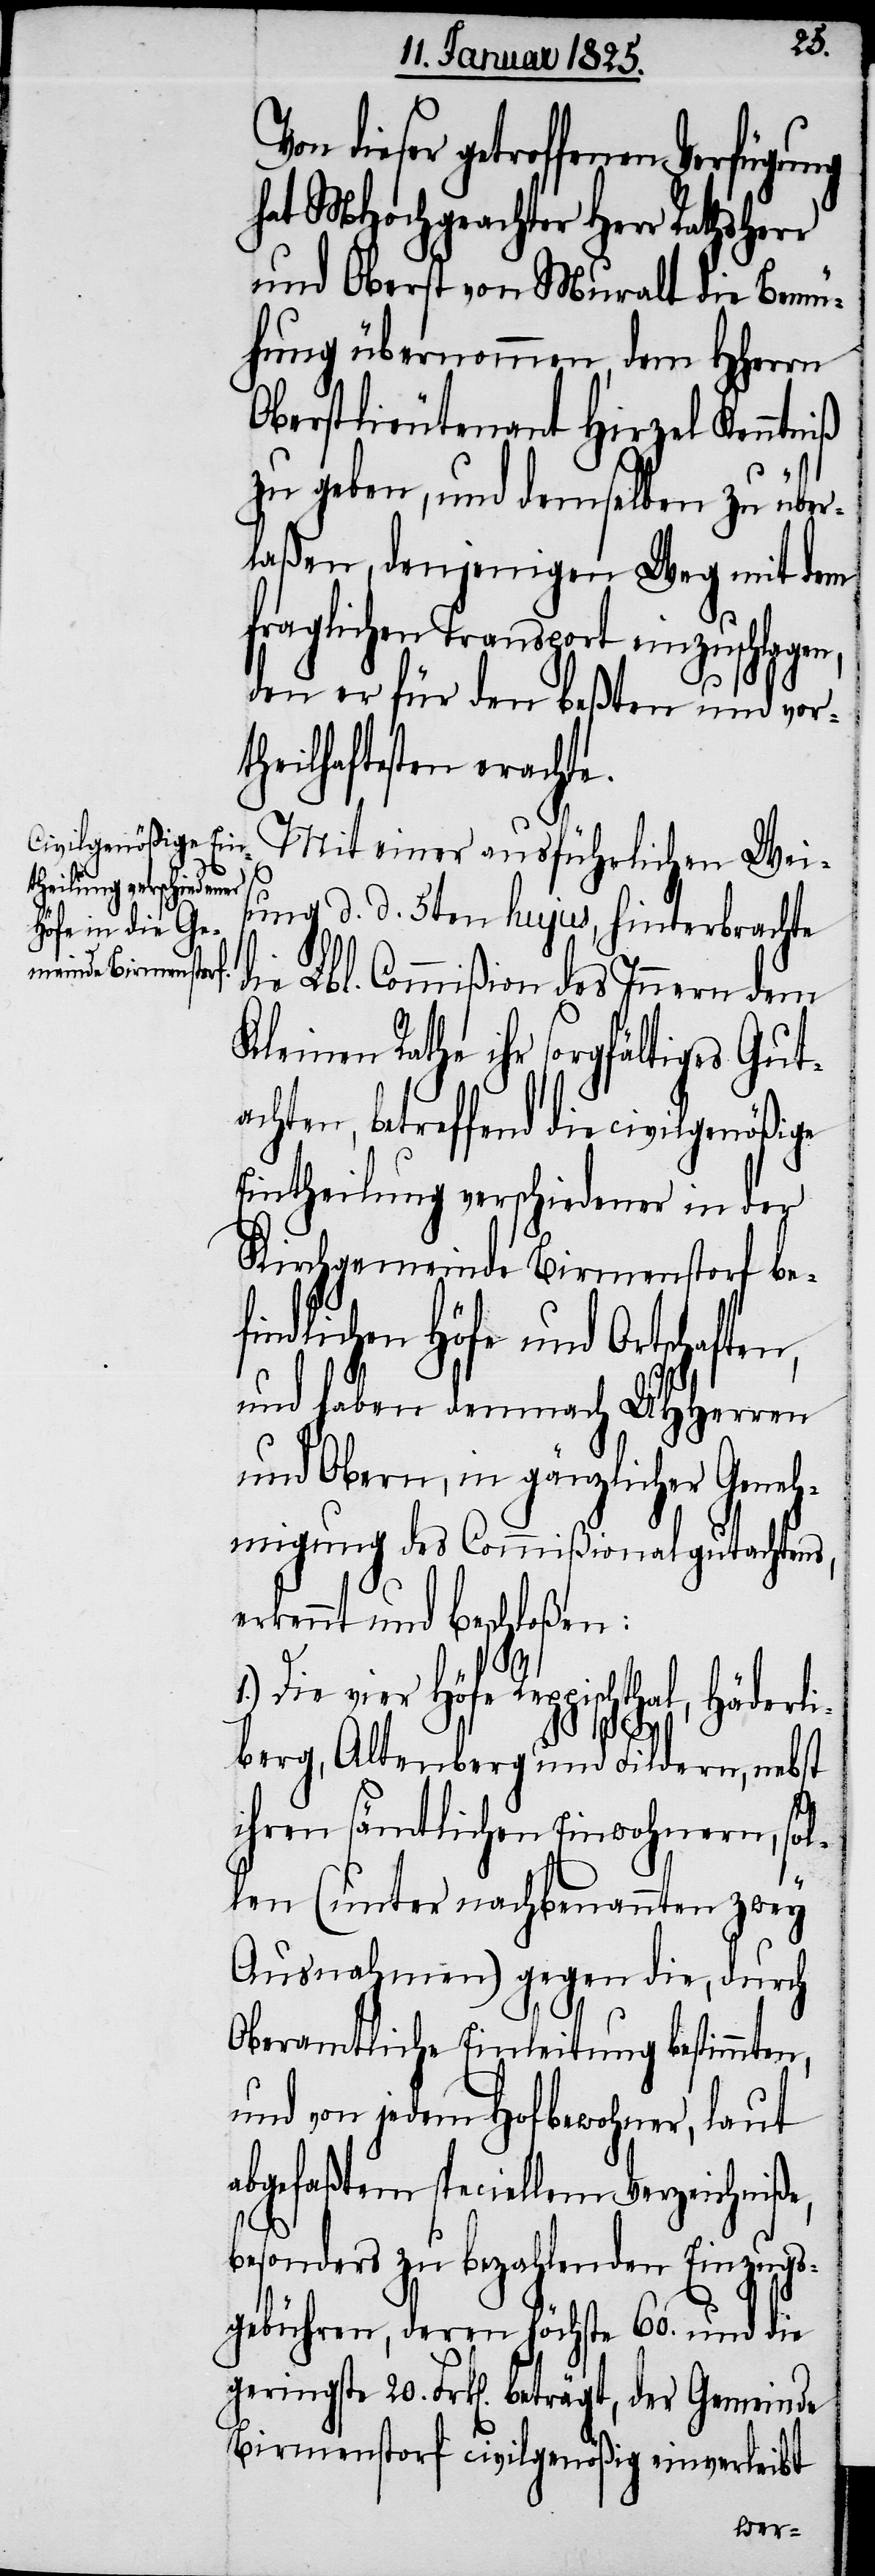
20.
dieser getroffenen Verfügung
hat MHochgeachter Herr Rathsher¬
und Oberst von Muralt die Bemü¬
hung übernommen, dem HHerrn
Oberstlieutenant Hirzel Kenntniß
zu geben, und demselben zu über¬
laßen, denjenigen Weg mit dem
fraglichen Transport einzuschlagen,
den er für den beßten und vor¬
theilhaftesten erachte.
Mit einer ausführlichen Weis¬
der
ung d. d. 5ten hujus, hinterbrachte
die Lbl. Commißion des Innern dem
leinen Rathe ihr sorgfältiges Gut¬
achten, betreffend die civilgenößige
Eintheilung verschiedener in der
Kirchgemeinde Birmenstorf be¬
findlichen Höfe und Ortschaften,
und haben demnach UHHerren
und Obern, in gänzlicher Geneh¬
migung des Commißionalgutachtens,
erkennt und beschloßen:
1.) Die vier Höfe Reppischthal, Häderli¬
K¬
berg, Altenberg und Fildern, nebst
ihren sämtlichen Einwohnern, sol¬
len (unter nachbenannten zwey
Ausnahmen) gegen die, durch
Oberamtliche Einleitung bestimmten,
und von jedem Hofbewohner, laut
abgefaßtem speciellem Verzeichniße,
besonders zu bezahlenden Einzugs¬
gebühren, deren höchste 60. und die
Birmenstorf civilgenößig einverleibt